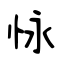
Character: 怺